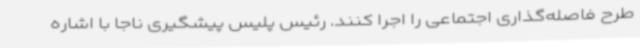
طرح فاصله‌گذاری اجتماعی را اجرا کنند. رئیس پلیس پیشگیری ناجا با اشاره